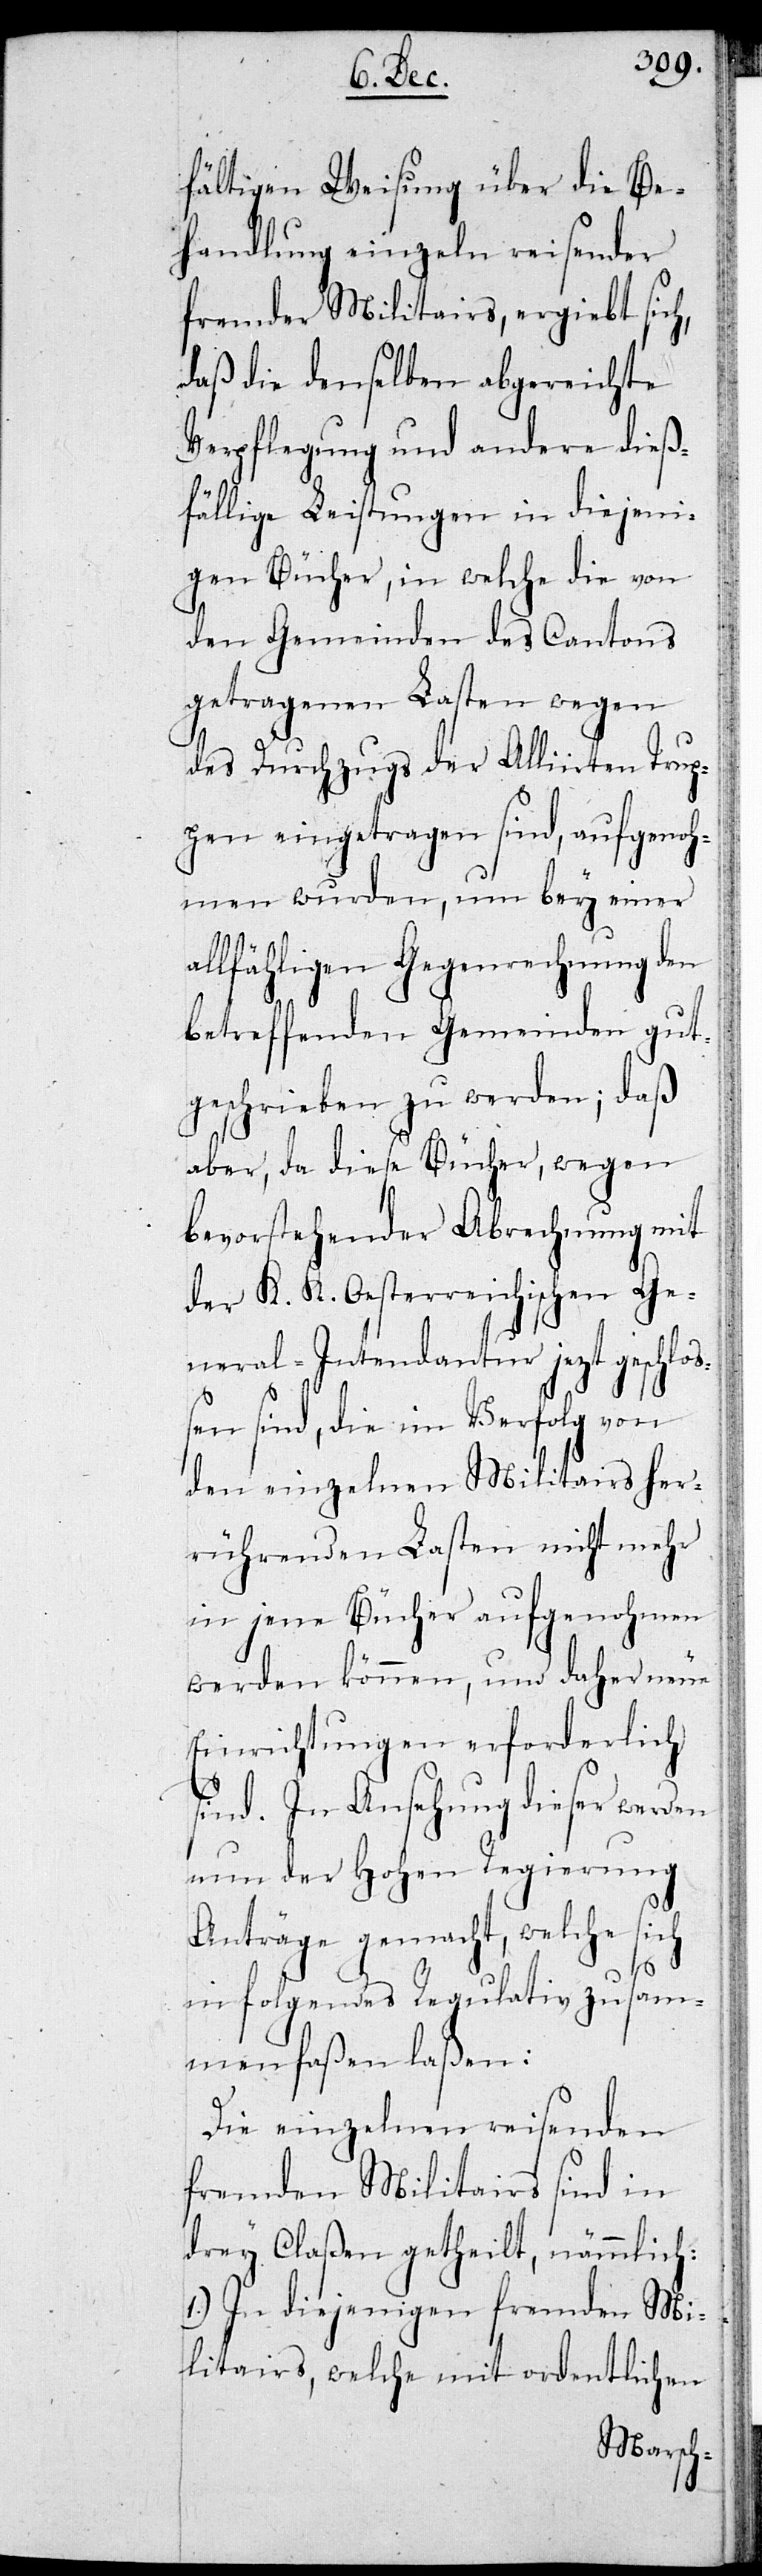
fältigen Weisung über die Be¬
handlung einzeln reisender
fremder Militairs, ergiebt sich,
daß die denselben abgereichte
Verpflegung und andere dieß¬
fällige Leistungen in diejeni¬
gen Bücher, in welche die von
den Gemeinden des Cantons
getragenen Lasten wegen
des Durchzugs der Alliirten Trup¬
pen eingetragen sind, aufgenoh¬
men wurden, um bey einer
allfähligen Gegenrechnung den
betreffenden Gemeinden gut¬
geschrieben zu werden, daß
aber, da diese Bücher, wegen
bevorstehender Abrechnung mit
der K. K. Oesterreichischen Ge¬
neral-Intendantur jezt geschloß¬
en sind, die im Verfolg von
den einzelnen Militairs her¬
rührenden Lasten nicht mehr
in jene Bücher aufgenohmen
werden können, und daher neue
Einrichtungen erforderlich
sind. In Ansehung dieser werden
nun der Hohen Regierung
Anträge gemacht, welche sich
in folgendes Regulativ zusam¬
menfaßen laßen:
Die einzelnen reisenden
fremden Militairs sind in
drey Claßen getheilt, nämlich:
1.) In diejenigen fremden Mi¬
litairs, welche mit ordentlichen